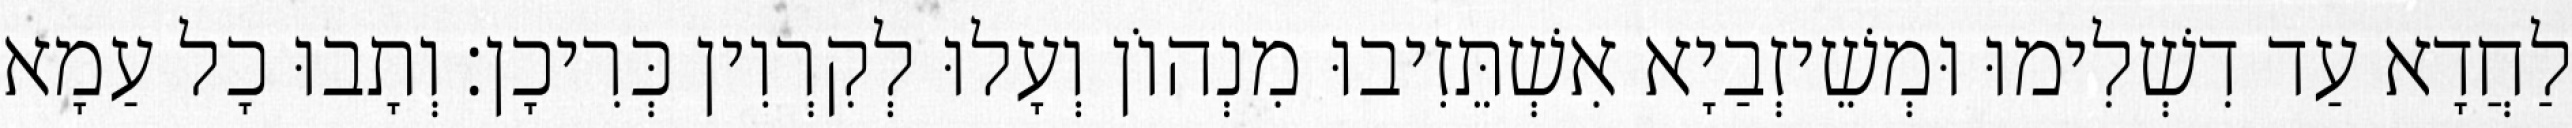
לַחֲדָא עַד דִשְׁלִימוּ וּמְשֵׁיזְבַיָא אִשְׁתֵּזִיבוּ מִנְהוֹן וְעָלוּ לְקִרְוִין כְּרִיכָן׃ וְתָבוּ כָל עַמָא